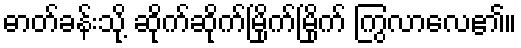
ဓာတ်ခန်းသို့ ဆိုက်ဆိုက်မြိုက်မြိုက် ကြွလာလေ၏။